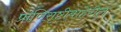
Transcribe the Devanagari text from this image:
प्राणिसृष्टीबाहेरील